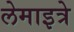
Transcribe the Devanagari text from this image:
लेमाइत्रे